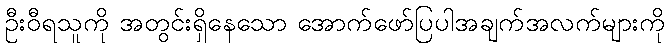
ဦးဝီရသူကို အတွင်းရှိနေသော အောက်ဖော်ပြပါအချက်အလက်များကို